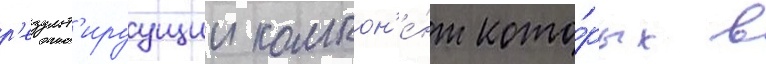
р'езульт'ируущии компон'е́нт кото́рых в